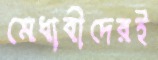
মেধাবীদেরই